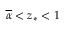
\overline { { \alpha } } < z _ { * } < 1